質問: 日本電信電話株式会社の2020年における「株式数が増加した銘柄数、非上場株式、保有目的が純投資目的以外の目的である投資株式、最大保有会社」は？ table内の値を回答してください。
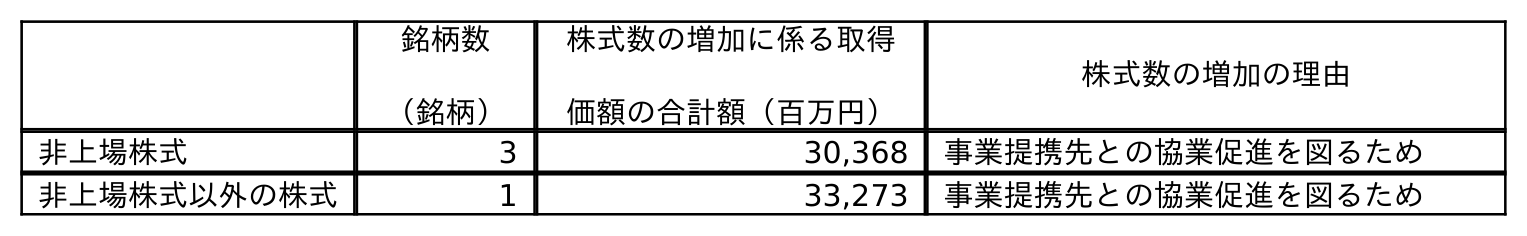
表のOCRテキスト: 銘柄数 （銘柄） 株式数の増加に係る取得 価額の合計額（百万円） 株式数の増加の理由 非上場株式 3 30,368 事業提携先との協業促進を図るため 非上場株式以外の株式 1 33,273 事業提携先との協業促進を図るため
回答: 3